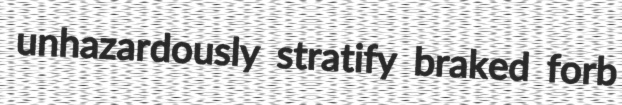
unhazardously stratify braked forb